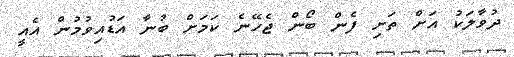
ދުވާލަކު އަށް ތަށި ފެން ބޯން ޖެހޭނެ ކަމަށް ބުނާ އަޑުއިވުމުން އެއީ